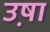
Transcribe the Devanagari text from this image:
उ़षा